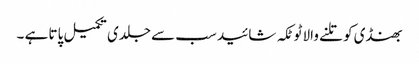
بھنڈی کو تلنے والا ٹوٹکہ شائید سب سے جلدی تکمیل پاتا ہے ۔